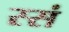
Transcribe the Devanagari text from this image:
स्सं